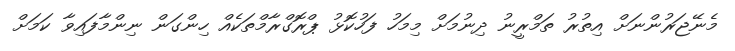
މެނޭޖަރުންނަށް އިތުރު ތަމްރީނު ދިނުމަށް މިމަހު ފަހުކޮޅު ޕްރޮގްރާމްތަކެއް ހިންގަން ނިންމާފައިވާ ކަމަށް